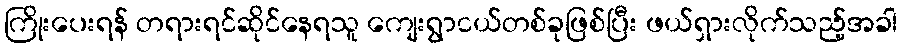
ကြိုးပေးရန် တရားရင်ဆိုင်နေရသူ ကျေးရွာငယ်တစ်ခုဖြစ်ပြီး ဖယ်ရှားလိုက်သည့်အခါ